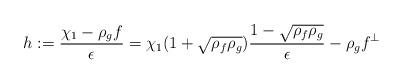
LaTeX: \begin{align*} h := \frac{\chi_1 - \rho_g f}{\epsilon} = \chi_1 (1 + \sqrt{\rho_f \rho_g})\frac{1 - \sqrt{\rho_f \rho_g}}{\epsilon} - \rho_g f^\perp\end{align*}